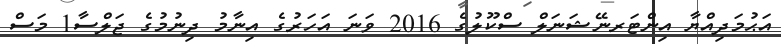
އަޙުމަދިއްޔާ އިންޓަރނޭޝަނަލް ސްކޫލުގެ 2016 ވަނަ އަހަރުގެ އިނާމު ދިނުމުގެ ޖަލްސާ1 މަސް